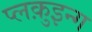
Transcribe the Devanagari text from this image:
प्लक़ुइन्ग